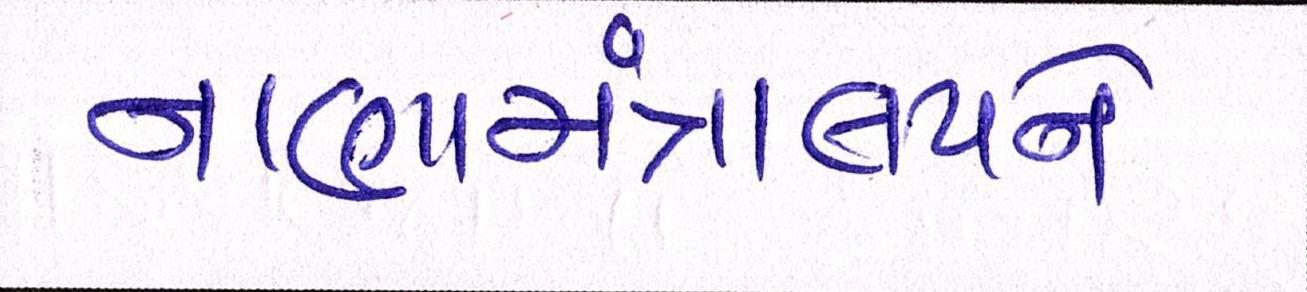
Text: નાણામંત્રાલયને